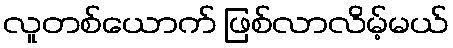
လူတစ်ယောက် ဖြစ်လာလိမ့်မယ်